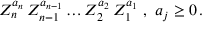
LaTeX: Z _ { n } ^ { a _ { n } } \, Z _ { n - 1 } ^ { a _ { n - 1 } } \ldots Z _ { 2 } ^ { a _ { 2 } } \, Z _ { 1 } ^ { a _ { 1 } } \ , \ a _ { j } \geq 0 \, .